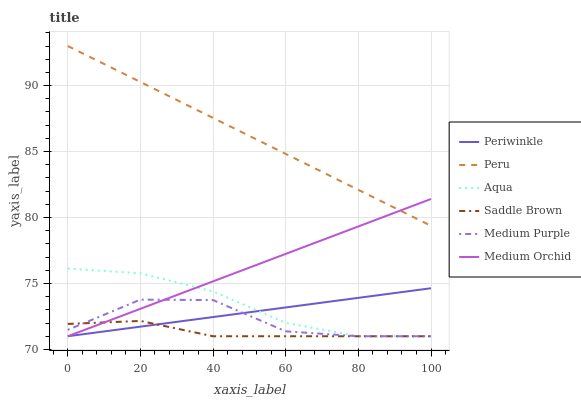
| xaxis_label | Periwinkle | Peru | Aqua | Saddle Brown | Medium Purple | Medium Orchid |
 | --- | --- | --- | --- | --- | --- | --- |
 | 0 | 71 | 93 | 76.1 | 71.9 | 71.5 | 71 |
 | 20 | 71.7 | 90.3 | 75.8 | 72.2 | 73.8 | 73.1 |
 | 40 | 72.5 | 87.5 | 74.4 | 71 | 73.7 | 75.2 |
 | 60 | 73.2 | 84.8 | 72 | 71 | 71.4 | 77.2 |
 | 80 | 73.9 | 82.1 | 71 | 71 | 71 | 79.3 |
 | 100 | 74.6 | 79.4 | 71 | 71 | 71 | 81.4 |